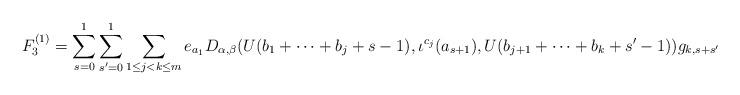
LaTeX: \begin{align*}F_{3}^{(1)}=\sum_{s=0}^{1}\sum_{s'=0}^{1}\sum_{1\leq j<k\leq m}e_{a_{1}}D_{\alpha,\beta}(U(b_{1}+\cdots+b_{j}+s-1),\iota^{c_{j}}(a_{s+1}),U(b_{j+1}+\cdots+b_{k}+s'-1))g_{k,s+s'},\end{align*}